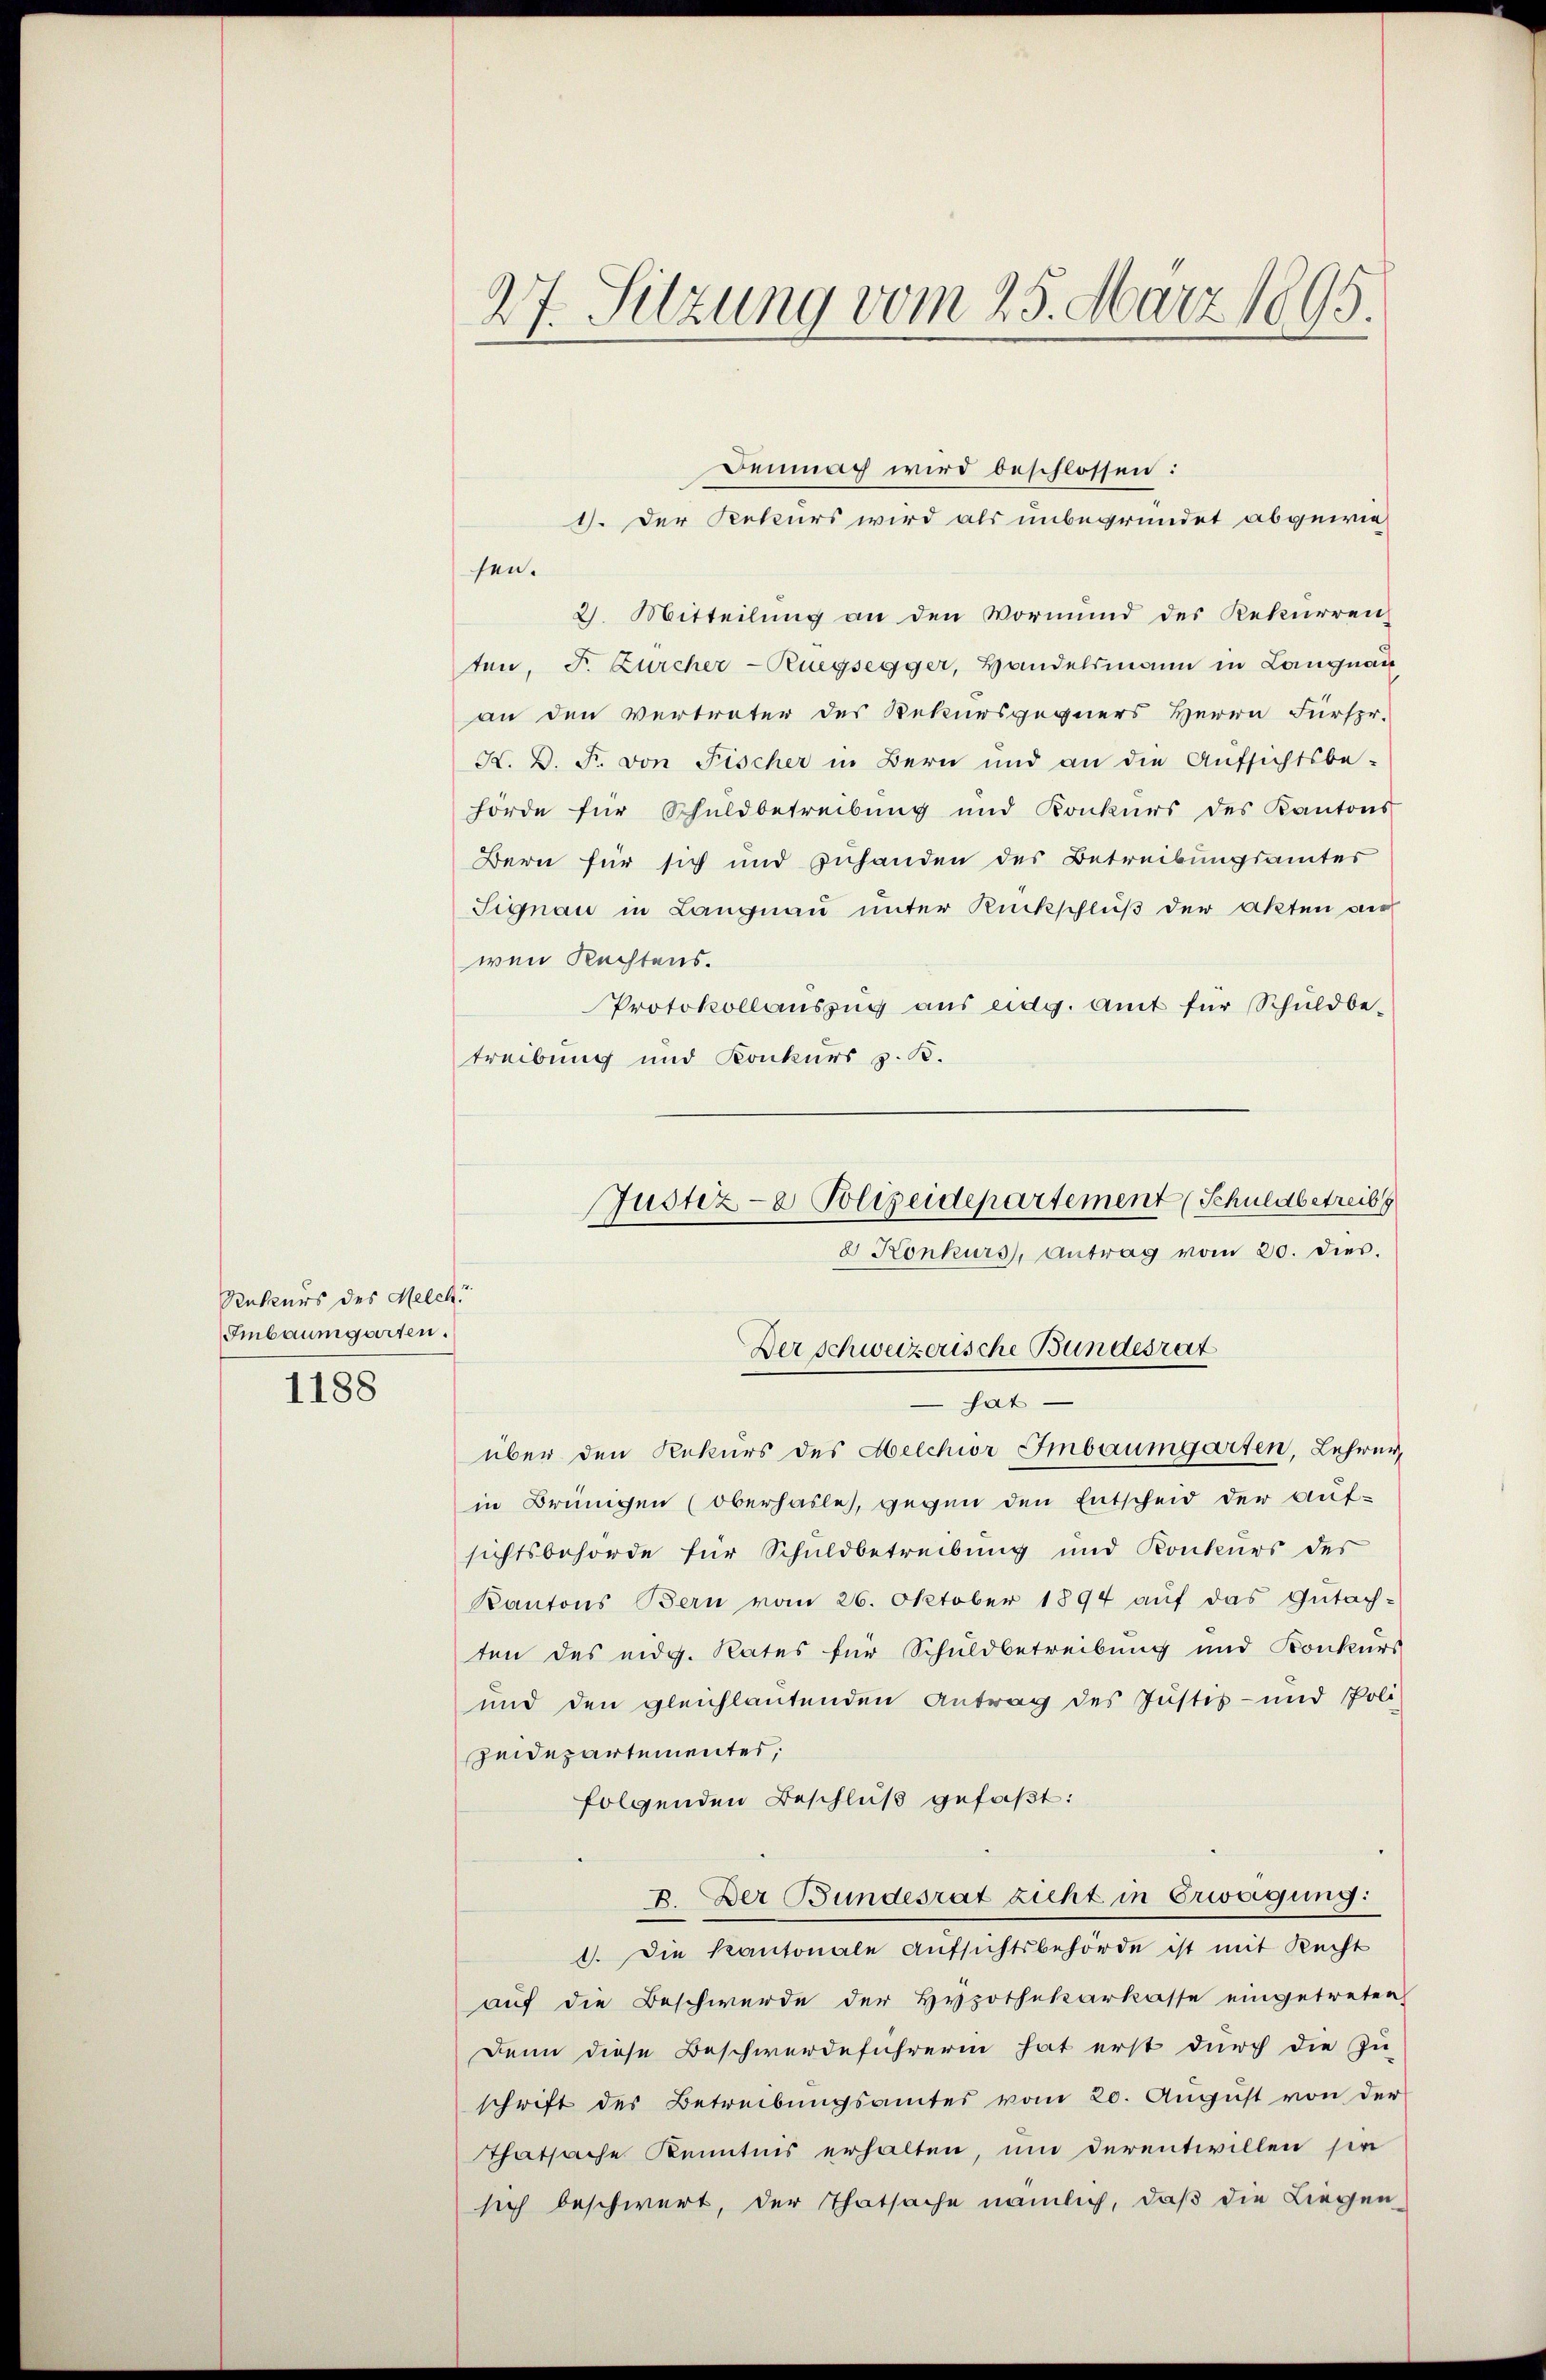
Rekurs des Melch
Embaumgarten.
1188

Demnach wird beschlossen:
1). Der Rekurs wird als unbegründet abgewiesen.
2. Mitteilŭng an den Vormund des Rekurren-
ten, F. Zürcher-Ruegsegger, Handelsmann in Langnau
an den Vertreter des Rekursgegners Herrn Fürspr.
K. D. F. von Fischer in Bern und an die Aufsichtsbe-
hörde für Schuldbetreibung und Konkurs des Kantons
Bern für sich und zuhanden des Betreibungsamtes
Signau in Langnau unter Rückschluß der Akten ver
wen Rechtens.
Protokollauszug aus eidg. Amt für Schuldbetreibung und Konkurs z. B.

über den Rekurs des Melchior Imbaumgarten, Lehrer,
in Brungen (Oberhasle, gegen den Entscheid der Auf-
sichtsbehörde für Schuldbetreibung und Konkurs der
Kantons Bern vom 26. Oktober 1894 auf das Gutachten des eidg. Rates für Schuldbetreibung und Konkurs
und den gleichlautenden Antrag des Justiz- und Poli-
Zeidepartementes,
folgenden Beschluß gefaßt:
B. Der Bundesrat zicht in Erwägung:
1. Die Kantonale Aufsichtsbehörde ist mit Recht
auf die Beschwerde der Hypothekarkasse eingetreten
Denn diese Beschwerdeführerin hat erst durch die Zu-
schrift des Betreibungsamtes vom 20. August von der
Thatsache Kenntnis erhalten, und derentwillen sie
sich beschwert, der Thatsache nämlich, daß die Liegen

27. Sitzung vom 25. März 1895.

Justiz- & Polizeidepartement (Schuldbetreib
Der schweizerische Bundesrat
 hat.

Konkurs, Antrag vom 20. dies.